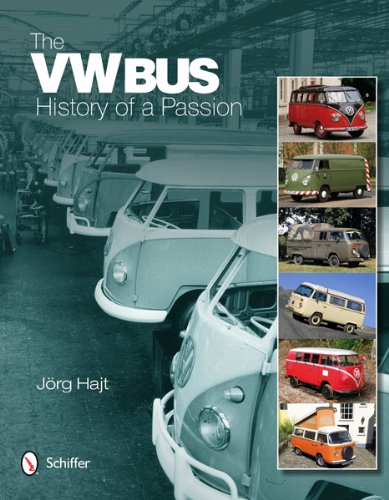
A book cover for The VW Bus: History of a Passion; Jorg Hajt; Engineering & Transportation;